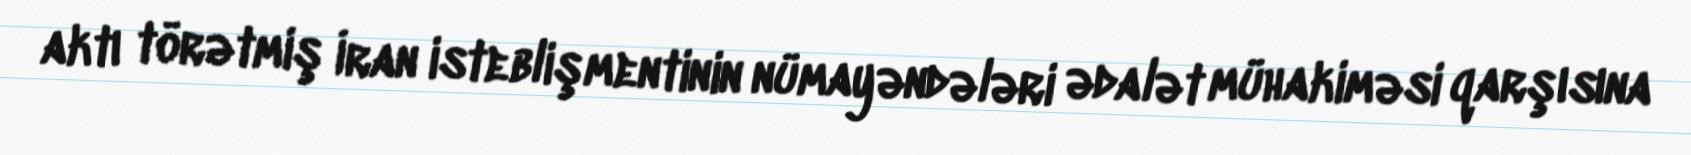
aktı törətmiş İran isteblişmentinin nümayəndələri ədalət mühakiməsi qarşısına